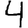
Digit: 4